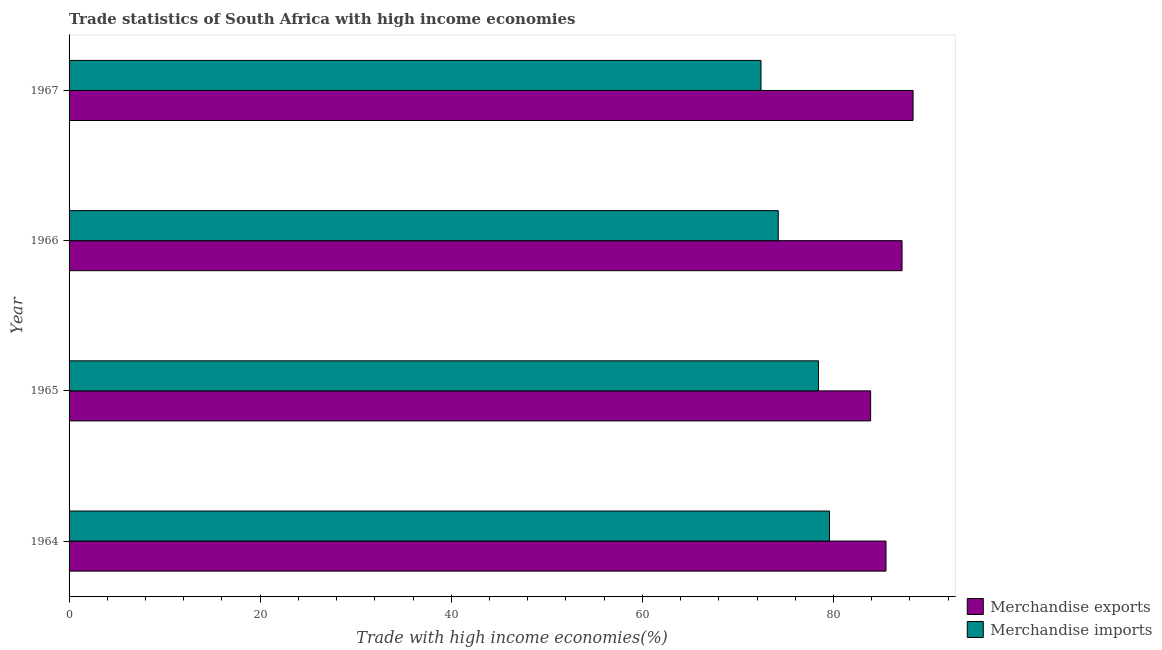
| Year | Merchandise exports | Merchandise imports |
 | --- | --- | --- |
 | 1964 | 85.5 | 79.6 |
 | 1965 | 83.9 | 78.4 |
 | 1966 | 87.2 | 74.2 |
 | 1967 | 88.3 | 72.4 |